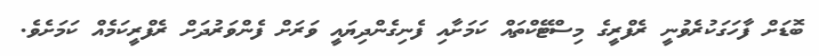
ބޮޑަށް ފާހަގަކުރެވުނީ ރެފްރީގެ މިސްޓޭކްތައް ކަމަށާއި ފެނިގެންދިޔައީ ވަރަށް ފެންވަރުދަށް ރެފްރީކަމެއް ކަމަށެވެ.